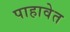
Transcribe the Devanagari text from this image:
पाहावेत